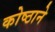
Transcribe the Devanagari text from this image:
कोष्ठाने